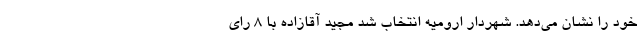
خود را نشان می‌دهد. شهردار ارومیه انتخاب شد مجید آقازاده با ۸ رای